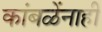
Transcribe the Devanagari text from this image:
कांबळेंनाही